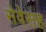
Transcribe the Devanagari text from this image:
सेवेसह